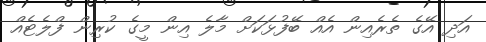
އަދި އޭގެ ތެރެއިން އެއް ބޭފުޅަކަށް މާލެ އިން މީގެ ކުރިން ފްލެޓެއް